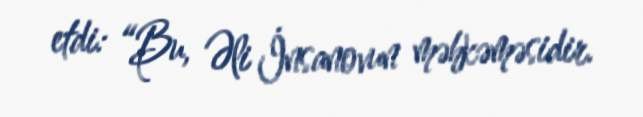
etdi: “Bu, Əli İnsanovun məhkəməsidir.